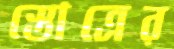
স্তোত্রের